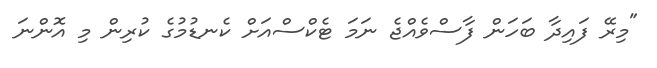
"މިރޭ ފައިދާ ބަހަން ފާސްވެއްޖެ ނަމަ ޓެކްސްއަށް ކެނޑުމުގެ ކުރިން މި އޮންނަ